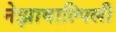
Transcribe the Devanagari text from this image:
नेझावाल्पिली